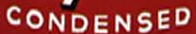
CONDENSED